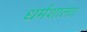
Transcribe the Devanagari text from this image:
धर्मशाला।